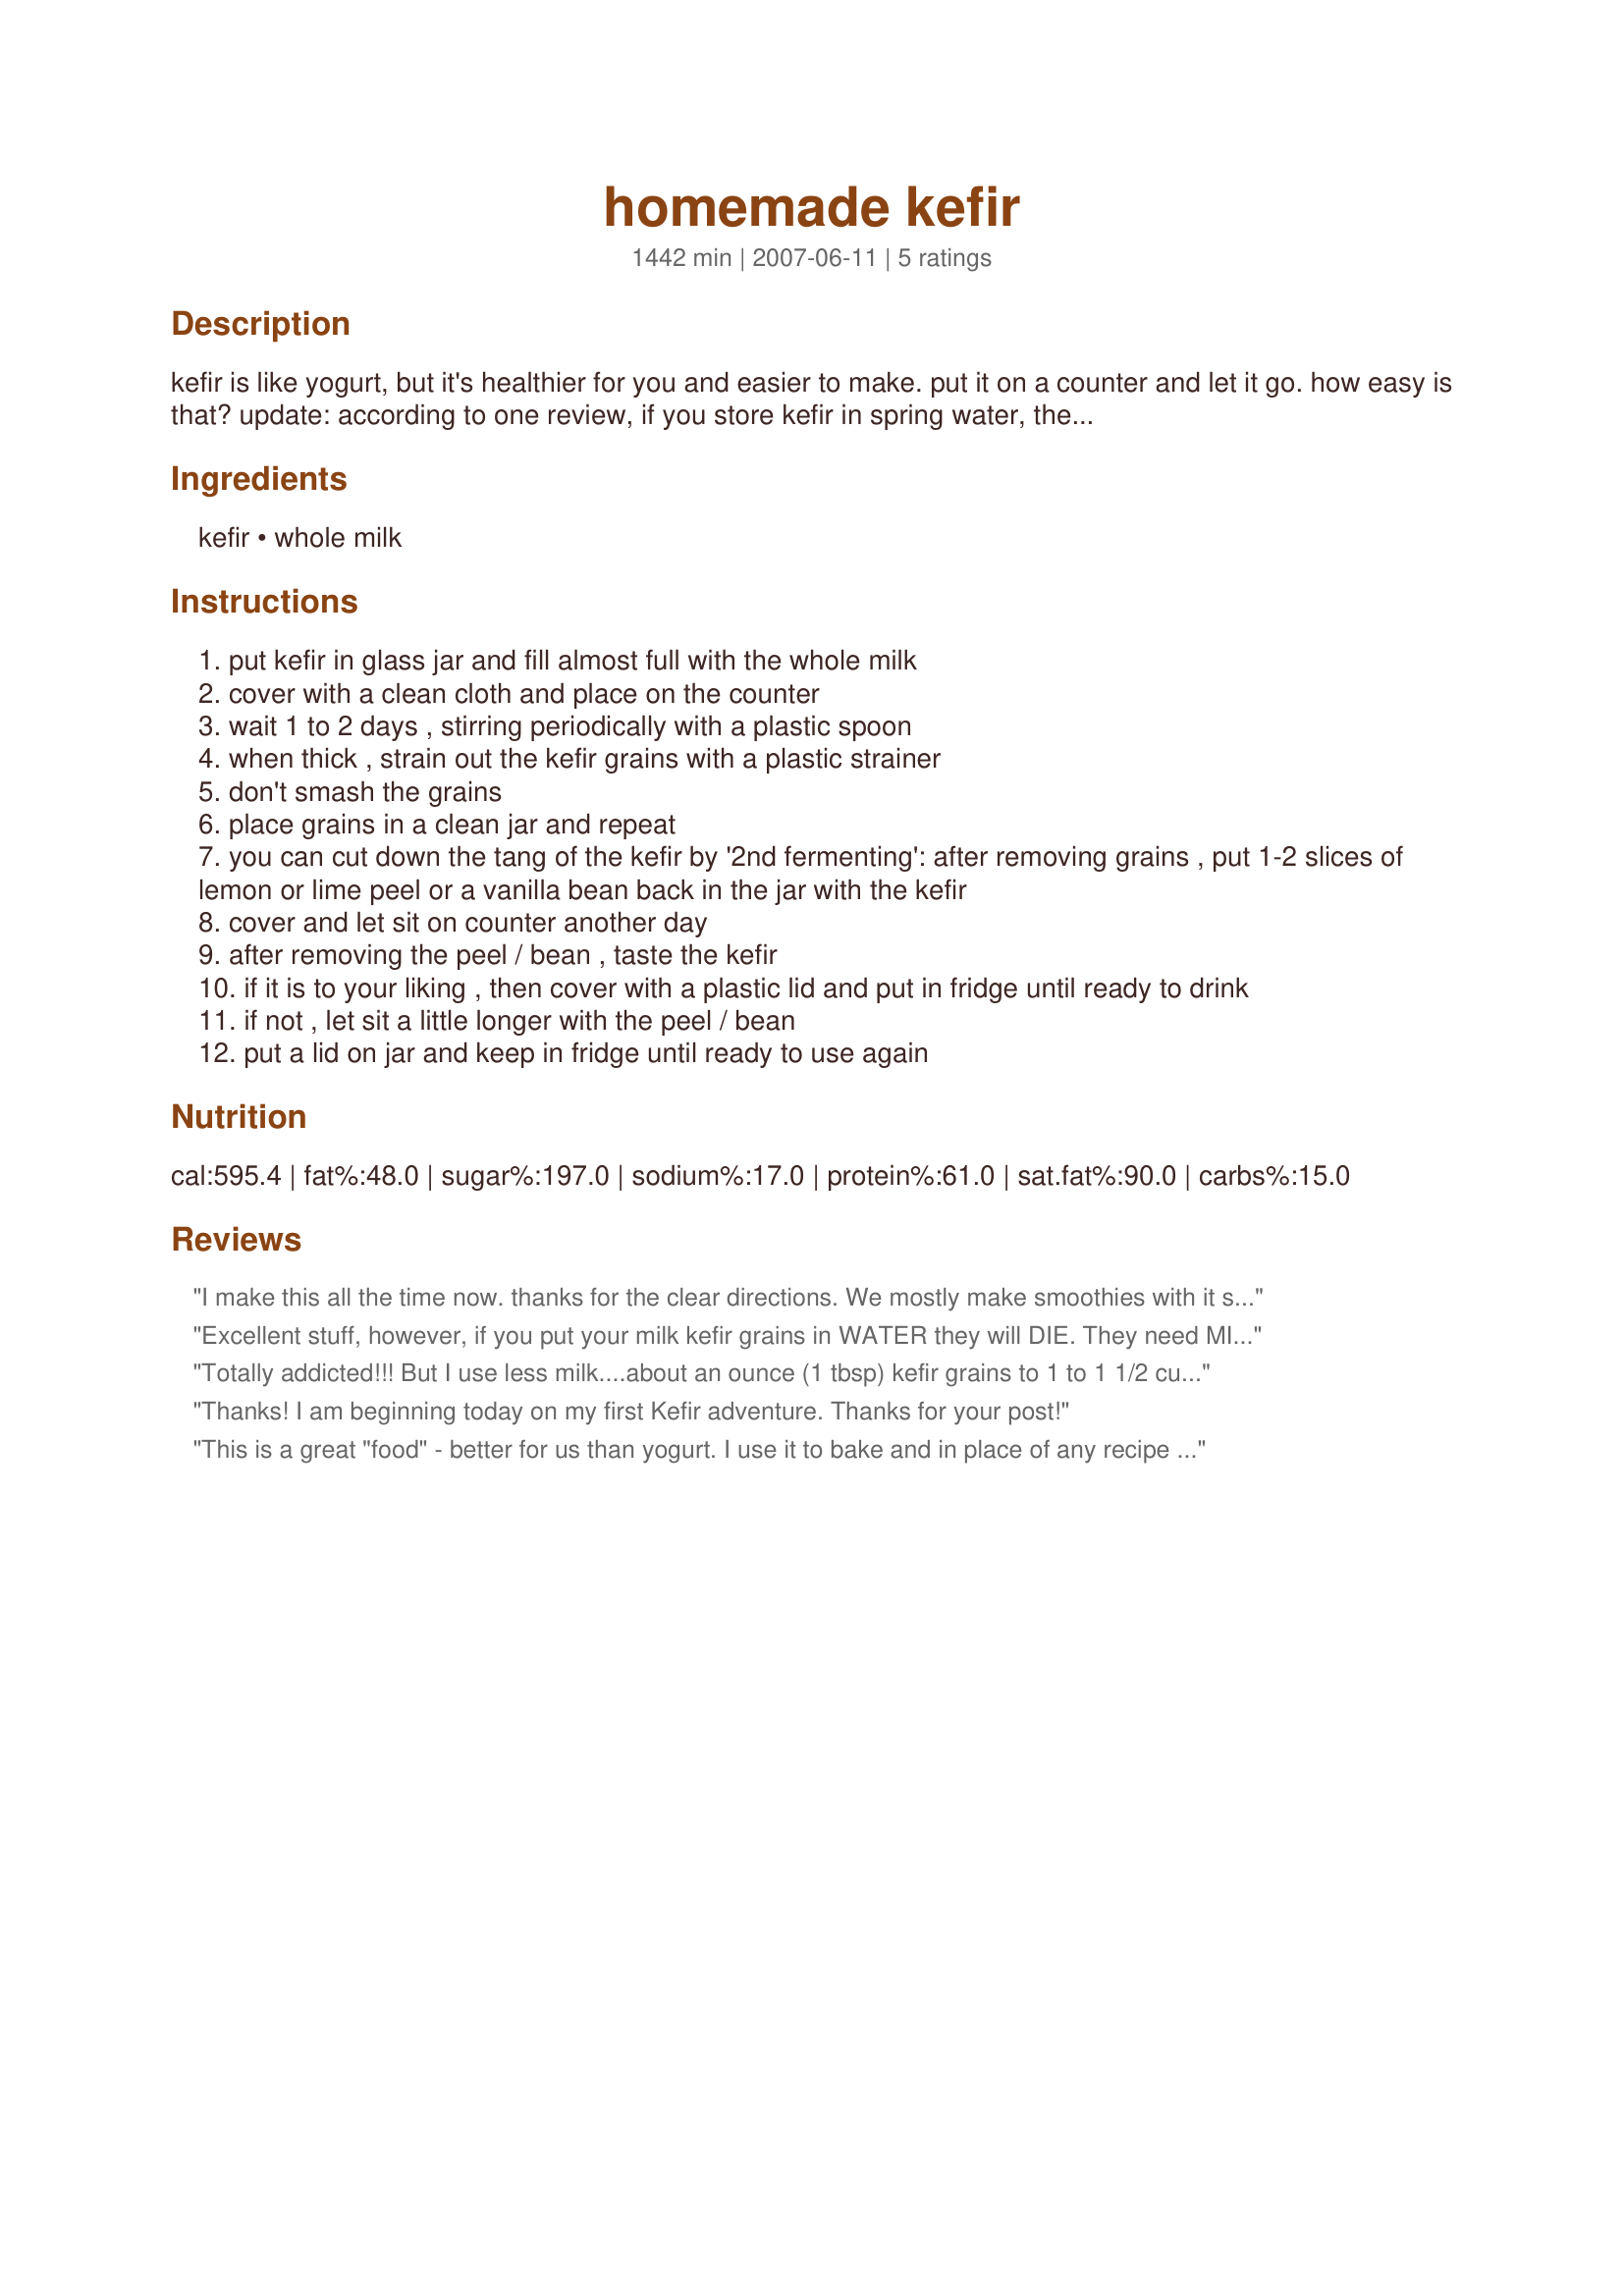
homemade kefir
Preparation time: 1442 minutes

kefir is like yogurt, but it's healthier for you and easier to make. put it on a counter and let it go. how easy is that? update: according to one review, if you store kefir in spring water, they will die. you can store them in spring water for short periods in the fridge. or you can store them in a little milk. i've done both and both work fine. i've heard you can store them in the freezer even, for longer periods of time.

Ingredients:
kefir, whole milk

Steps:
put kefir in glass jar and fill almost full with the whole milk
cover with a clean cloth and place on the counter
wait 1 to 2 days , stirring periodically with a plastic spoon
when thick , strain out the kefir grains with a plastic strainer
don't smash the grains
place grains in a clean jar and repeat
you can cut down the tang of the kefir by '2nd fermenting': after removing grains , put 1-2 slices of lemon or lime peel or a vanilla bean back in the jar with the kefir
cover and let sit on counter another day
after removing the peel / bean , taste the kefir
if it is to your liking , then cover with a plastic lid and put in fridge until ready to drink
if not , let sit a little longer with the peel / bean
put a lid on jar and keep in fridge until ready to use again

Reviews:
I make this all the time now. thanks for the clear directions. We mostly make smoothies with it so we can get all those good probiotics. The longer it sits, the more probiotics it has, but the more sour it is. Now, just need more recipes to use it in.
Excellent stuff, however, if you put your milk kefir grains in WATER they will DIE. They need MILK to feed on.
Totally addicted!!! But I use less milk....about an ounce (1 tbsp) kefir grains to 1 to 1 1/2 cup milk.........also love to strain in cheesecloth to make yogurt balls or cream cheese seasoned with whatever is on hand........do not throw out the whey - use in drinks, cooking or add to your pets food - they love it! I would store in milk for extended time away if not using right away.......the longest mine has sat in a container is 6 days on the counter then I made cream cheese. The health benefits are truly amazing. I find the more you divide the grains the faster they grow to share
Thanks! I am beginning today on my first Kefir adventure. Thanks for your post!
This is a great "food" - better for us than yogurt. I use it to bake and in place of any recipe calling for buttermilk or sour milk. We drink it almost every day!
